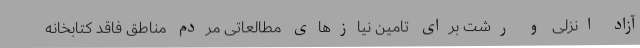
آزاد انزلی و رشت برای تامین نیازهای مطالعاتی مردم مناطق فاقد کتابخانه